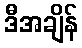
ဒီအချိန်